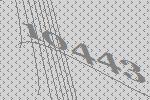
10443